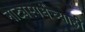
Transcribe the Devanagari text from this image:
नाट्यस्पर्धेच्याही